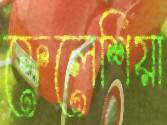
ফেলেশিয়া